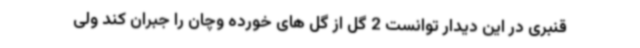
قنبری در این دیدار توانست 2 گل از گل های خورده وچان را جبران کند ولی